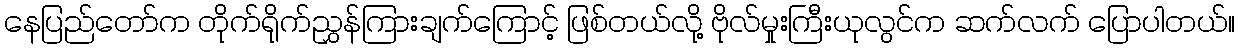
နေပြည်တော်က တိုက်ရိုက်ညွှန်ကြားချက်ကြောင့် ဖြစ်တယ်လို့ ဗိုလ်မှုးကြီးယုလွင်က ဆက်လက် ပြောပါတယ်။